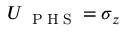
U _ { \mathrm { ~ \tiny ~ P ~ H ~ S ~ } } = \sigma _ { z }